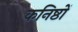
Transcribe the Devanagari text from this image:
कनिष्ठों